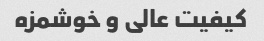
کیفیت عالی و خوشمزه